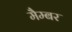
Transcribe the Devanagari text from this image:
मैम्बर